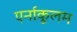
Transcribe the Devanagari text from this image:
एर्नाकूलम